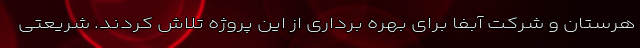
هرستان و شرکت آبفا برای بهره برداری از این پروژه تلاش کردند. شریعتی